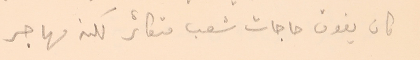
كان يفوق حاجات شعب متكاثر لكنه مهاجر